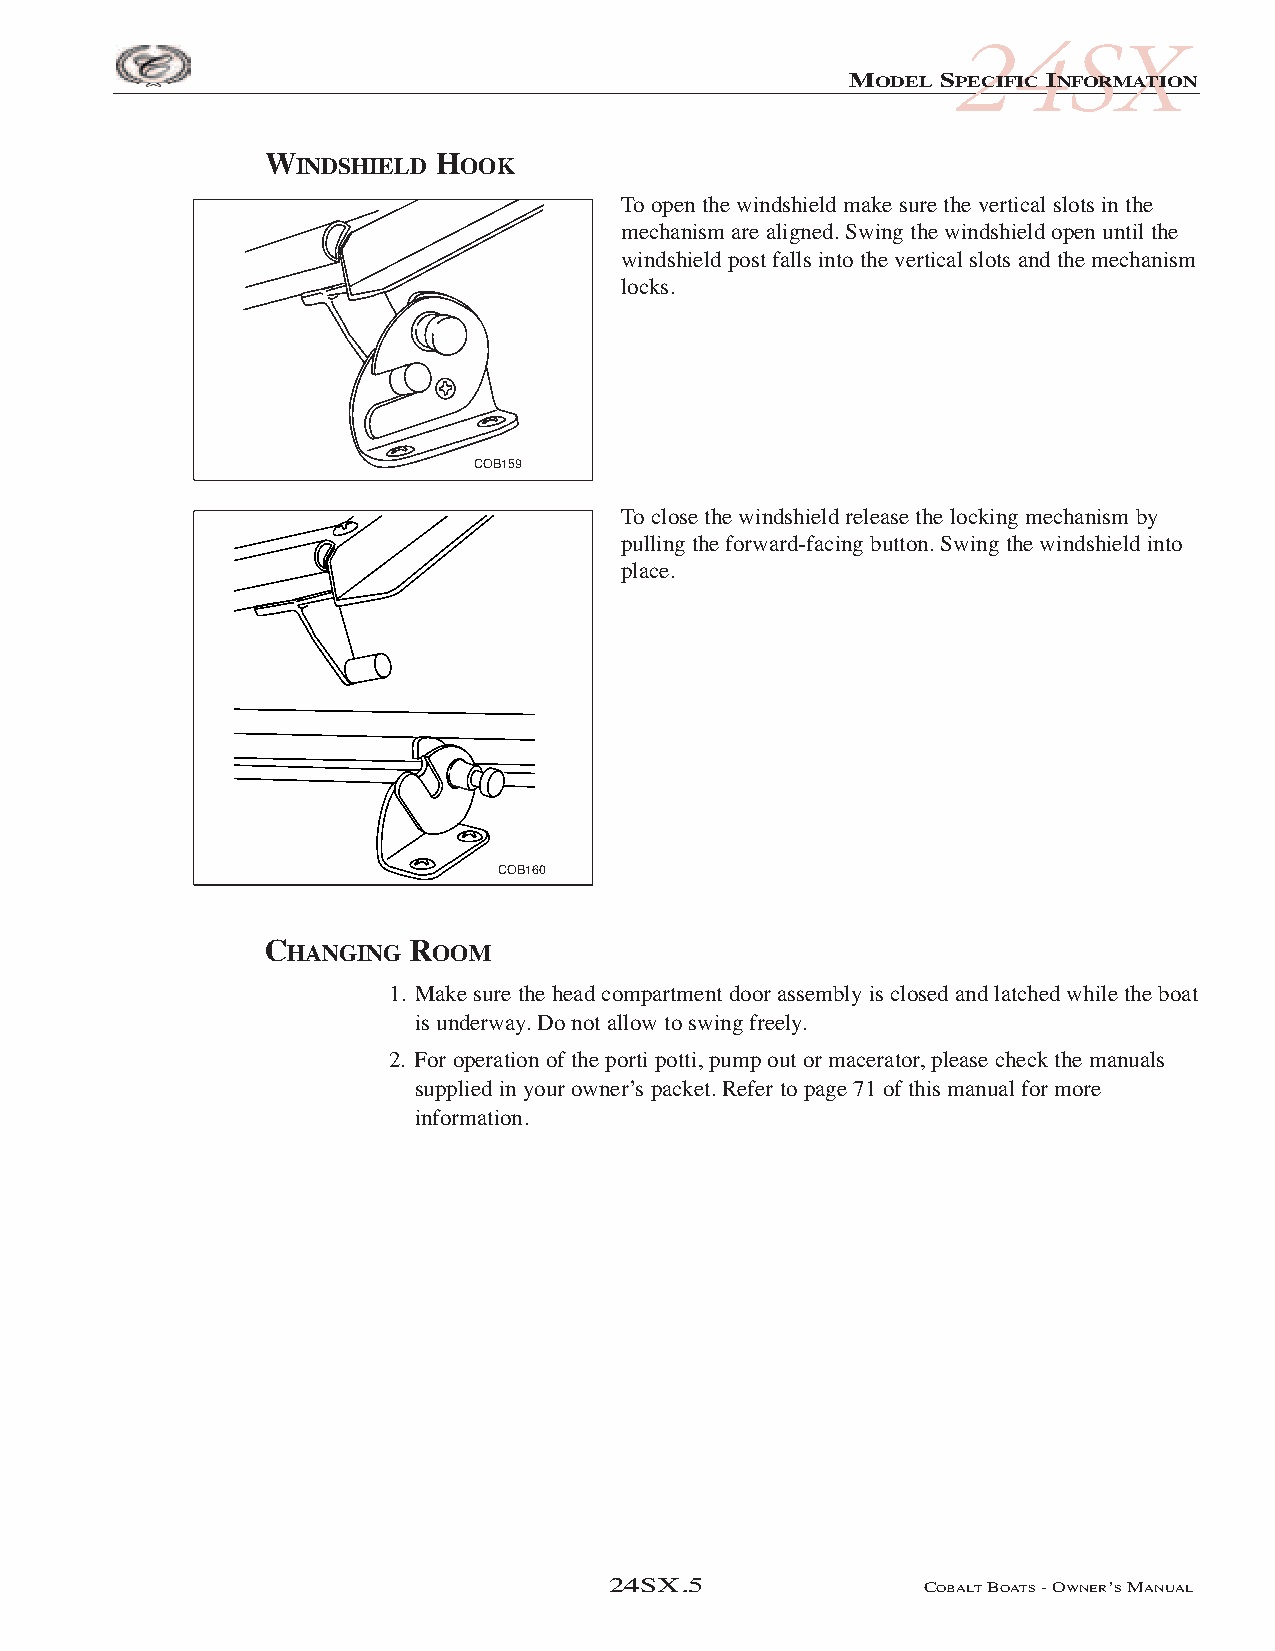
COB_05 Sect 24SX.qxd 3/18/05 9:26 AM Page 5
 24SX
 MODEL SPECIFIC INFORMATION
 WINDSHIELD HOOK
 To open the windshield make sure the vertical slots in the
 mechanism are aligned. Swing the windshield open until the
 windshield post falls into the vertical slots and the mechanism
 locks.
 COB159
 To close the windshield release the locking mechanism by
 pulling the forward-facing button. Swing the windshield into
 place.
 COB160
 CHANGING  ROOM
 1. Make sure the head compartment door assembly is closed and latched while the boat
 is underway. Do not allow to swing freely.
 2. For operation of the porti potti, pump out or macerator, please check the manuals
 supplied in your owner’s packet. Refer to page 71 of this manual for more
 information.
 24SX.5               COBALTBOATS- OWNER’SMANUAL